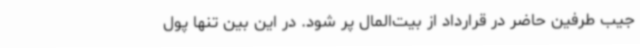
جیب طرفین حاضر در قرارداد از بیت‌المال پر شود. در این بین تنها پول